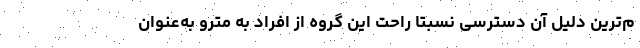
م‌ترین دلیل آن دسترسی نسبتا راحت این گروه از افراد به مترو به‌عنوان